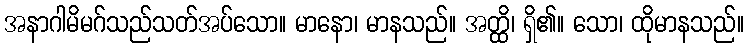
အနာဂါမိမဂ်သည်သတ်အပ်သော။ မာနော၊ မာနသည်။ အတ္ထိ၊ ရှိ၏။ သော၊ ထိုမာနသည်။